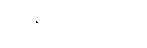
အနာဝဋဒွါရော